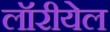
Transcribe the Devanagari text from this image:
लॉरीयेल